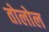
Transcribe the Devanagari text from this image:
तोलोल